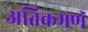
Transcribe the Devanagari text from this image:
अतिक्रमणॅ